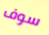
سوف